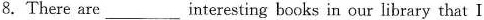
8.There are ___ interesting books in our library that I